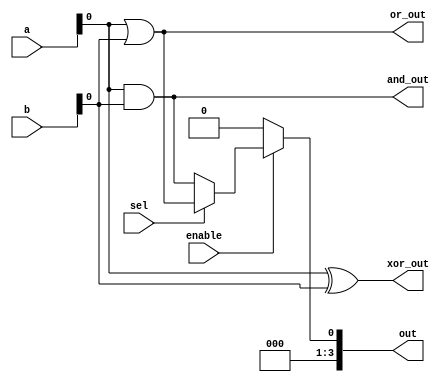
module combinational_logic_block (
    input wire [3:0] a,           // 4-bit input signal
    input wire [3:0] b,           // 4-bit input signal
    input wire sel,               // Select signal for multiplexer
    input wire enable,            // Enable signal
    output wire [3:0] out,        // 4-bit output signal
    output wire and_out,          // AND gate output
    output wire or_out,           // OR gate output
    output wire xor_out           // XOR gate output
);

// Internal signals for combinational logic
wire and_result;
wire or_result;
wire xor_result;
wire mux_out;

// Combinational Logic Gates
assign and_result = a & b;     // AND operation
assign or_result = a | b;      // OR operation
assign xor_result = a ^ b;     // XOR operation

// Output assignments
assign and_out = and_result;    // Output from AND gate
assign or_out = or_result;      // Output from OR gate
assign xor_out = xor_result;    // Output from XOR gate

// Multiplexer to select one of the logic outputs based on the 'sel' signal
assign mux_out = (sel) ? or_result : and_result;

// Enable control for output
assign out = enable ? mux_out : 4'b0000; // If enabled, output the selected value; else output 0

endmodule